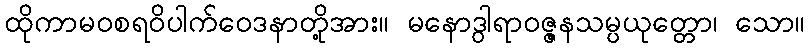
ထိုကာမဝစရဝိပါက်ဝေဒနာတို့အား။ မနောဒွါရာဝဇ္ဇနသမ္ပယုတ္တော၊ သော။